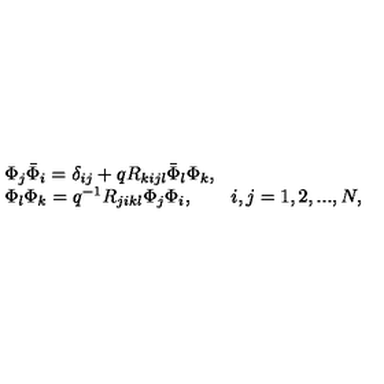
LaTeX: \begin{array} { l } { \Phi _ { j } \bar { \Phi } _ { i } = \delta _ { i j } + q R _ { k i j l } \bar { \Phi } _ { l } \Phi _ { k } , } \\ { \Phi _ { l } \Phi _ { k } = q ^ { - 1 } R _ { j i k l } \Phi _ { j } \Phi _ { i } , \qquad i , j = 1 , 2 , . . . , N , } \\ \end{array}